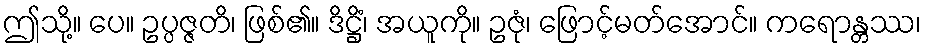
ဤသို့။ ပေ။ ဥပ္ပဇ္ဇတိ၊ ဖြစ်၏။ ဒိဋ္ဌိံ၊ အယူကို။ ဥဇုံ၊ ဖြောင့်မတ်အောင်။ ကရောန္တဿ၊